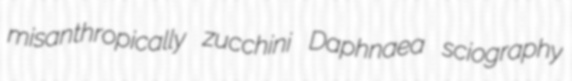
misanthropically zucchini Daphnaea sciography